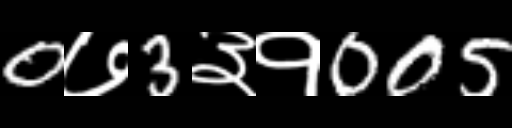
Text: 0७3३१005